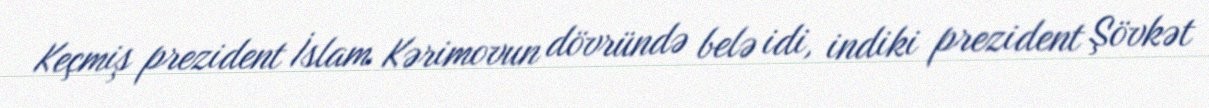
Keçmiş prezident İslam Kərimovun dövründə belə idi, indiki prezident Şövkət